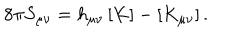
8 \pi S _ { \mu \nu } = h _ { \mu \nu } \, [ K ] - [ K _ { \mu \nu } ] \, .